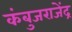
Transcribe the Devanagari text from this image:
कंबुजराजेंद्र